Sanitation, dispensaries and jails vaccination Rajputana 1922-1927 - 1922-1927
Year: 1922
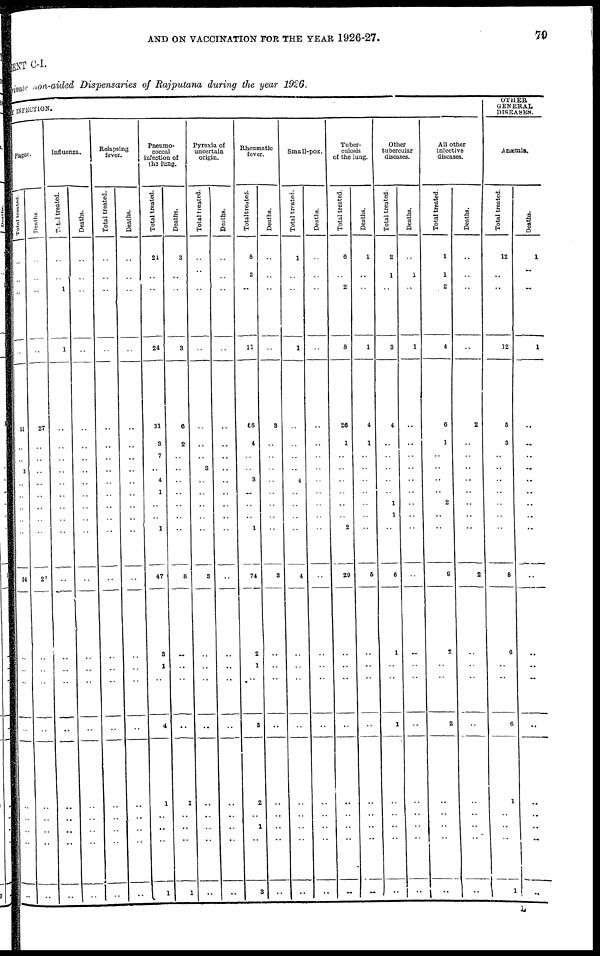
AND ON VACCINATION FOR THE YEAR 1926-27.
79
MENT C-I.
Private non-aided Dispensaries of Rajputana during the year 1926.
BY INFECTION.
plague.
Total treated.
..
..
..
..
51
..
..
3
..
..
..
..
..
54
..
..
..
..
..
..
..
..
..
Deaths.
..
..
..
..
27
..
..
..
..
..
..
..
..
27
..
..
..
..
..
..
..
..
..
Influenza.
Total treated.
..
..
1
1
..
..
..
..
..
..
..
..
..
..
..
..
..
..
..
..
..
..
..
Deaths.
..
..
..
..
..
..
..
..
..
..
..
..
..
..
..
..
..
..
..
..
..
..
..
Relapsing
lever.
Total treated.
..
..
..
..
..
..
..
..
..
..
..
..
..
..
..
..
..
..
..
..
..
..
..
Deaths.
..
..
..
..
..
..
..
..
..
..
..
..
..
..
..
..
..
..
..
..
..
..
..
Pneumo-
coccal
infection of
the lung.
Total treated.
24
..
..
24
31
3
7
..
4
1
..
..
1
47
3
1
..
4
1
..
..
..
1
Deaths.
3
..
..
3
6
2
..
..
..
..
..
..
..
8
..
..
..
..
1
..
..
..
1
Pyrexia of
uncertain
origin.
Total treated.
..
..
..
..
..
..
..
3
..
..
..
..
..
3
..
..
..
..
..
..
..
..
..
Deaths.
..
..
..
..
..
..
..
..
..
..
..
..
..
..
..
..
..
..
..
..
..
..
..
Rheumatic
fever.
Total treated.
8
3
..
11
66
4
..
..
3
..
..
..
1
74
2
1
..
3
2
..
1
..
3
Deaths.
..
..
..
..
3
..
..
..
..
..
..
..
..
3
..
..
..
..
..
..
..
..
..
Small-pox.
Total treated.
1
..
..
1
..
..
..
..
4
..
..
..
..
4
..
..
..
..
..
..
..
..
..
Deaths.
..
..
..
..
..
..
..
..
..
..
..
..
..
..
..
..
..
..
..
..
..
..
..
Tuber-
culosis
of the lung.
Total treated.
6
..
2
8
26
1
..
..
..
..
..
..
2
29
..
..
..
..
..
..
..
..
..
Deaths.
1
..
..
1
4
1
..
..
..
..
..
..
..
5
..
..
..
..
..
..
..
..
..
Other
tubercular
diseases.
Total treated.
2
1
..
3
4
..
..
..
..
..
1
1
..
6
1
..
..
1
..
..
..
..
..
Deaths.
..
1
..
1
..
..
..
..
..
..
..
..
..
..
..
..
..
..
..
..
..
..
..
All other
infective
diseases.
Total treated.
1
1
2
4
6
1
..
..
..
..
2
..
..
9
2
..
..
2
..
..
..
..
..
Deaths.
..
..
..
..
2
..
..
..
..
..
..
..
..
2
..
..
..
..
..
..
..
..
..
OTHER
GENERAL
DISEASES.
Anæmia.
Total treated.
12
..
..
12
5
3
..
..
..
..
..
..
..
8
6
..
..
6
1
..
..
..
1
Deaths.
1
..
..
1
..
..
..
..
..
..
..
..
..
..
..
..
..
..
..
..
..
..
..
L